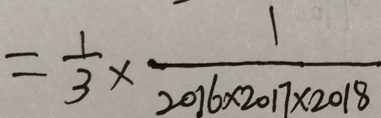
= \frac { 1 } { 3 } \times \frac { 1 } { 2 0 1 6 \times 2 0 1 7 \times 2 0 1 8 }